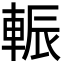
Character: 𨌑